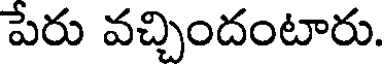
పేరు వచ్చిందంటారు.